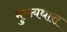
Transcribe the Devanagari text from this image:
मुख्‍यधारा